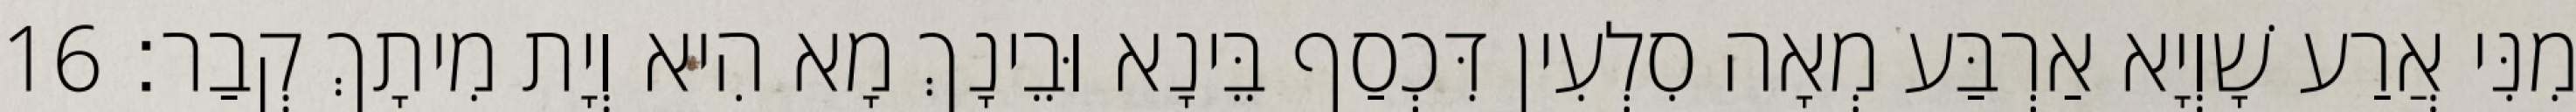
מִנִּי אֲרַע שָׁוְיָא אַרְבַּע מְאָה סִלְעִין דִּכְסַף בֵּינָא וּבֵינָךְ מָא הִיא וְיָת מִיתָךְ קְבַר׃ 16